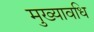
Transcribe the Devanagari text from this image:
मुख्यावधि